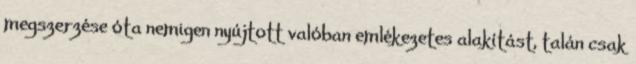
megszerzése óta nemigen nyújtott valóban emlékezetes alakítást, talán csak